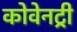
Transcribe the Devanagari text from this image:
कोवेनट्री